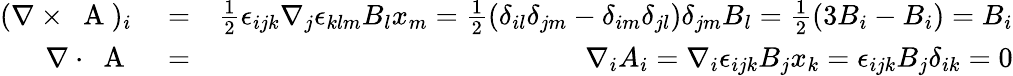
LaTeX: \begin{array}{rlr}{(\nabla\times\mathrm{~\mathbf~A~})_{i}}&{{}=}&{\frac{1}{2}\epsilon_{ijk}\nabla_{j}\epsilon_{klm}B_{l}x_{m}=\frac{1}{2}(\delta_{il}\delta_{jm}-\delta_{im}\delta_{jl})\delta_{jm}B_{l}=\frac{1}{2}(3B_{i}-B_{i})=B_{i}}\\ {\nabla\cdot\mathrm{~\mathbf~A~}}&{{}=}&{\nabla_{i}A_{i}=\nabla_{i}\epsilon_{ijk}B_{j}x_{k}=\epsilon_{ijk}B_{j}\delta_{ik}=0}\end{array}